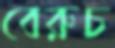
বেরুচ